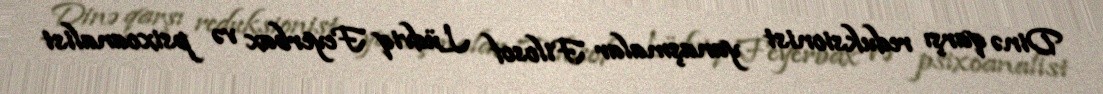
Dinə qarşı reduksionist yanaşmalar Filosof Lüdviq Feyerbax və psixoanalist